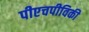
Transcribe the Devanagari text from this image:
पीएचपीविकी